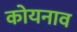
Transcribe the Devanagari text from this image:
कोयनाव